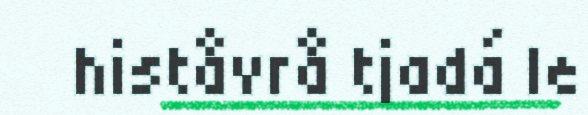
histåvrå tjadá le